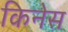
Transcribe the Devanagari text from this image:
किनेस